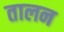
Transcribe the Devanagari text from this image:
तालन